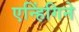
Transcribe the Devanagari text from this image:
एन्हिंगिने